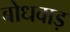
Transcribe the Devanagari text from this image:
बोधवाड़